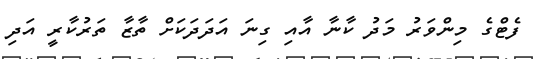
ފެޓްގެ މިންވަރު މަދު ކާނާ އާއި ގިނަ އަދަދަކަށް ތާޒާ ތަރުކާރީ އަދި